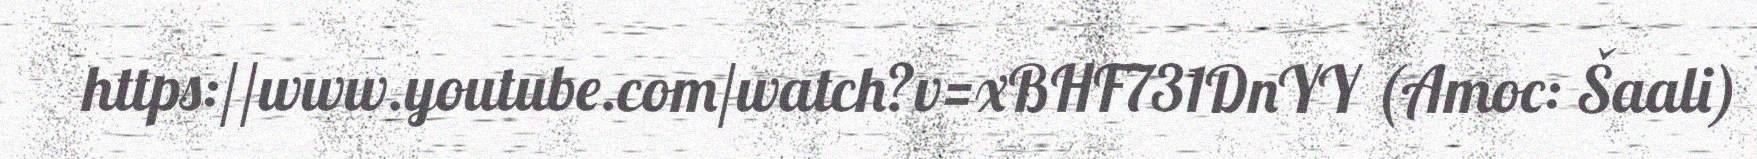
https://www.youtube.com/watch?v=xBHF731DnYY (Amoc: Šaali)